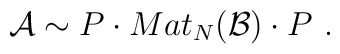
{\cal A} \sim P \cdot Mat_N({\cal B})\cdot P\,\,.